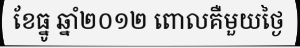
ខែធ្នូ ឆ្នាំ២០១២ ពោលគឺមួយថ្ងៃ